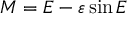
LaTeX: M = E - \varepsilon \sin E